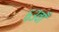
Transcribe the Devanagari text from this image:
६३वाँ